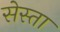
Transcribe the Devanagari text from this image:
सेस्ता